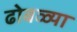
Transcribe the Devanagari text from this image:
ढोबळ्या